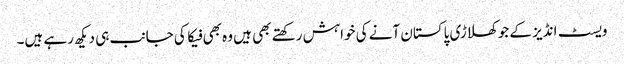
ویسٹ انڈیز کے جو کھلاڑی پاکستان آنے کی خواہش رکھتے بھی ہیں وہ بھی فیکا کی جانب ہی دیکھ رہے ہیں۔